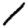
Digit: 1